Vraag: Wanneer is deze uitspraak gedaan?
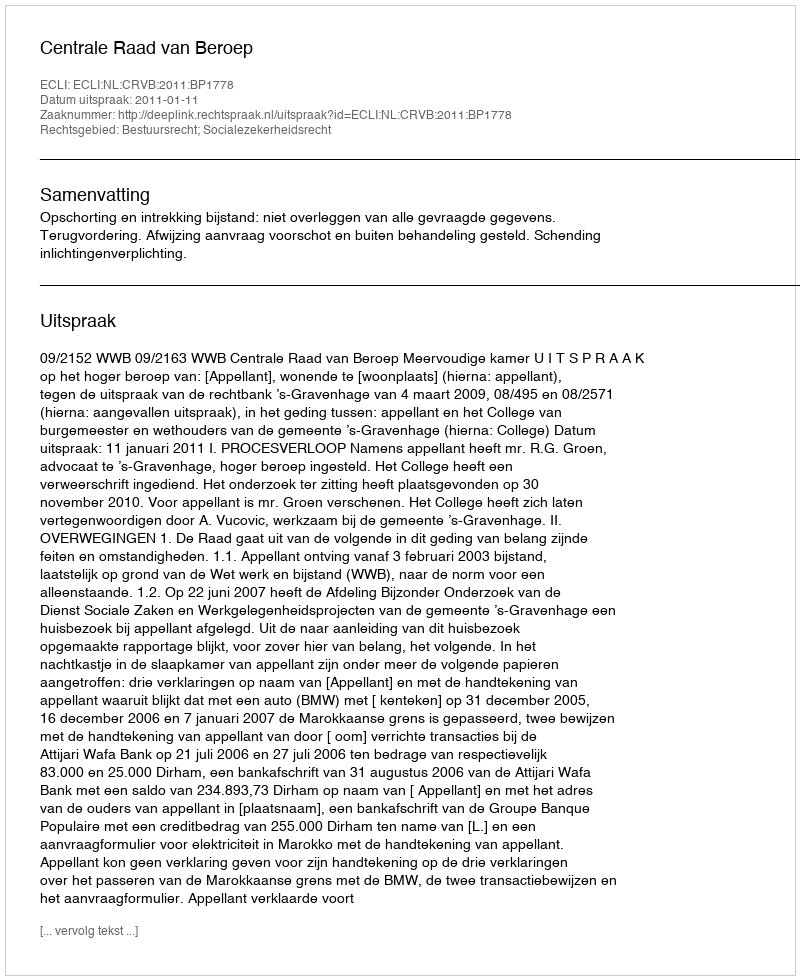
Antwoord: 2011-01-11